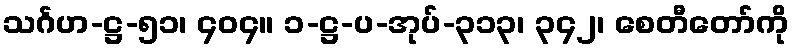
သင်္ဂဟ-ဋ္ဌ-၅၁၊ ၄၀၄။ ၁-ဋ္ဌ-ပ-အုပ်-၃၁၃၊ ၃၄၂၊ စေတီတော်ကို